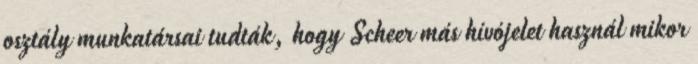
osztály munkatársai tudták, hogy Scheer más hívójelet használ mikor